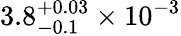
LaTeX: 3.8_{-0.1}^{+0.03}\times 10^{-3}